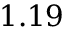
1 . 1 9